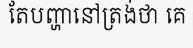
តែបញ្ហានៅត្រង់ថា គេ